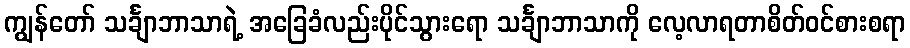
ကျွန်တော် သင်္ချာဘာသာရဲ့ အခြေခံလည်းပိုင်သွားရော သင်္ချာဘာသာကို လေ့လာရတာစိတ်ဝင်စားစရာ